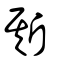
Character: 斯